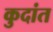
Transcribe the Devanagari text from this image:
कुदांत